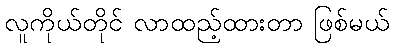
လူကိုယ်တိုင် လာထည့်ထားတာ ဖြစ်မယ်